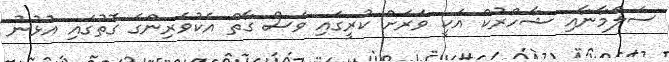
ސަލްމާނާއި ޝާހްރުކް އަކީ ވަރަށް ކުރީގައި ވެސް ގާތް އެކުވެރިންގެ ގޮތުގައި އުޅުނު